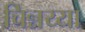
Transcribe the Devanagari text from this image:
चिन्नय्या